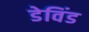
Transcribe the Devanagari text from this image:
डेविंड